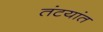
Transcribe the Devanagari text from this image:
तंटयांत